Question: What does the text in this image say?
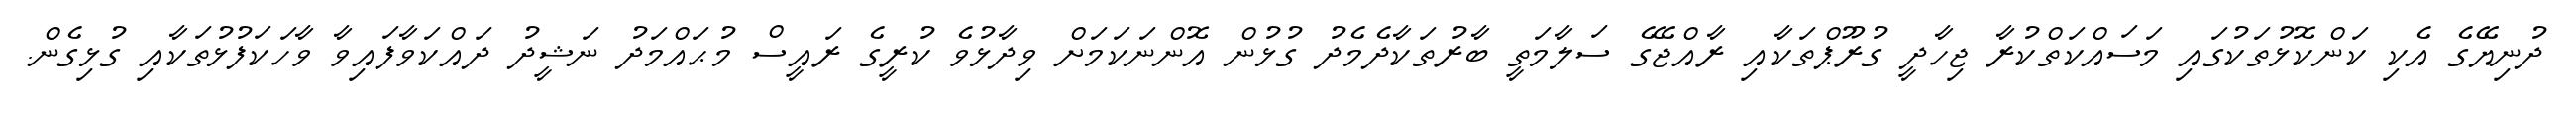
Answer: ދުނިޔޭގެ އެކި ކަންކޮޅުތަކުގައި މަސައްކަތްކުރާ ޖިހާދީ ގުރޫޕްތަކާއި ރާއްޖޭގެ ސަލާމަތީ ބާރުތަކާދެމެދު ގުޅުން އޮންނަކަމަށް ވިދާޅުވެ ކުރީގެ ރައީސް މުޙައްމަދު ނަޝީދު ދައްކަވާފައިވާ ވާހަކަފުޅުތަކާއި ގުޅިގެން.